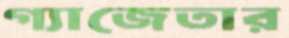
গ্যাজেতার